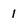
Character: 1